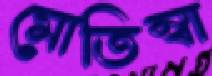
মোতিম্বা